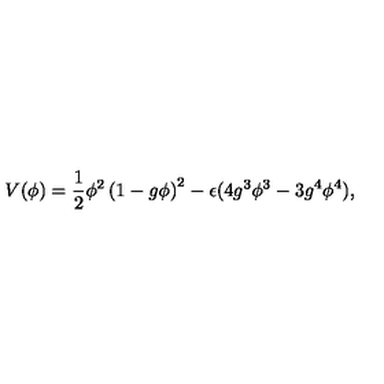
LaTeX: V ( \phi ) = { \frac { 1 } { 2 } } \phi ^ { 2 } \left( 1 - g \phi \right) ^ { 2 } - \epsilon ( 4 g ^ { 3 } \phi ^ { 3 } - 3 g ^ { 4 } \phi ^ { 4 } ) ,